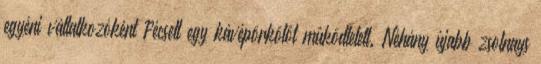
egyéni vállalkozóként Pécsett egy kávépörkölôt mûködtetett. Néhány újabb zsolnays